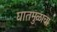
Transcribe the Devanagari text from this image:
घातमुळाचा